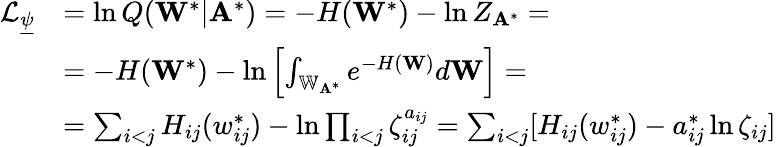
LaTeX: \begin{array}{rl}{\mathcal{L}_{\underline{{\psi}}}}&{=\ln Q(\mathbf{W}^{*}|\mathbf{A}^{*})=-H(\mathbf{W}^{*})-\ln Z_{\mathbf{A}^{*}}=}\\ &{=-H(\mathbf{W}^{*})-\ln\left[\int_{\mathbb{W}_{\mathbf{A}^{*}}}e^{-H(\mathbf{W})}d\mathbf{W}\right]=}\\ &{=\sum_{i<j}H_{ij}(w_{ij}^{*})-\ln\prod_{i<j}\zeta_{ij}^{a_{ij}}=\sum_{i<j}[H_{ij}(w_{ij}^{*})-a_{ij}^{*}\ln\zeta_{ij}]}\end{array}